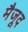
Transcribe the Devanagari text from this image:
मैजूद